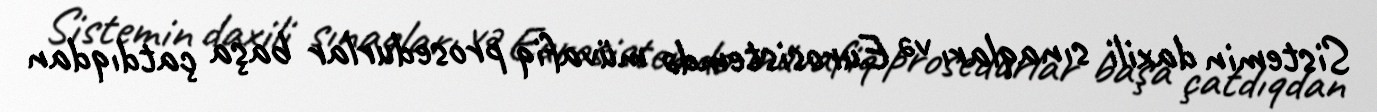
Sistemin daxili sınaqları və Eurosistemdə müvafiq prosedurlar başa çatdıqdan